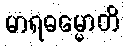
မာရဓမ္မောတိ